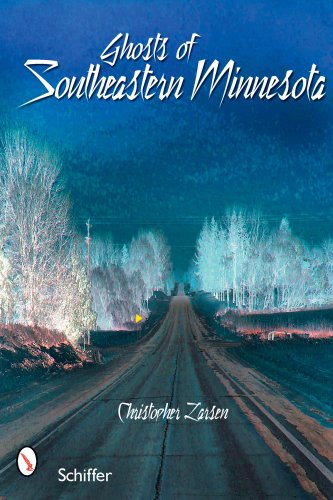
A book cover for Ghosts of Southeastern Minnesota; Christopher Larsen; Travel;